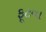
ફૂટવા